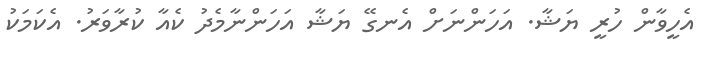
އެހީވާން ހުރީ ޔަޝާ. އަހަންނަށް އެނގޭ ޔަޝާ އަހަންނާމެދު ކެއާ ކުރާވަރު. އެކަމަކު